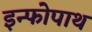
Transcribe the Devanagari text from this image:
इन्फोपाथ